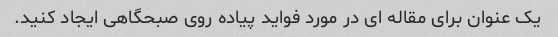
یک عنوان برای مقاله ای در مورد فواید پیاده روی صبحگاهی ایجاد کنید.